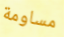
مساومة